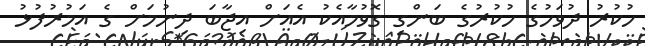
ހުކުރު ދުވަހުގެ ހުކުރުގެ ބަންގި ގޮވުމާއެކު އެއަށް އިޖާބަ ދިނުމަށް ގެ އަމުރުފުޅު